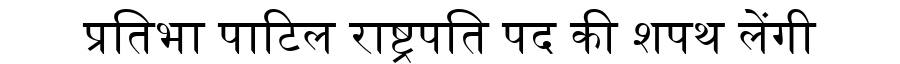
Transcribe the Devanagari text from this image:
प्रतिभा पाटिल राष्ट्रपति पद की शपथ लेंगी